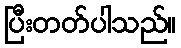
ပြီးတတ်ပါသည်။